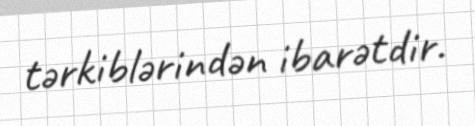
tərkiblərindən ibarətdir.